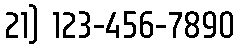
21) 123-456-7890